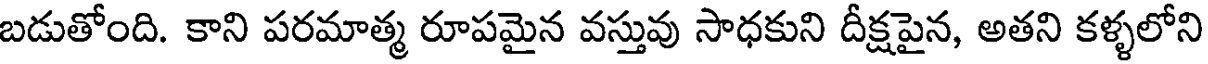
బడుతోంది. కాని పరమాత్మ రూపమైన వస్తువు సాధకుని దీక్షపైన, అతని కళ్ళలోని